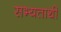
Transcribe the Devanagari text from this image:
सभ्यताथी